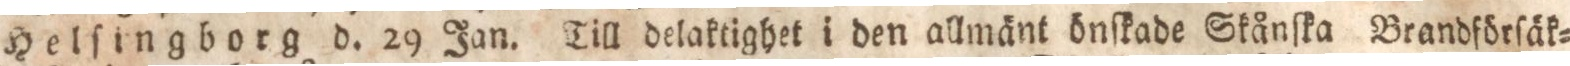
Helſingborg d. 29 Jan. Till delaktighet i den allmänt önſkade Skånſka Brandförſäk=